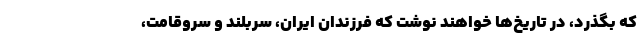
که بگذرد، در تاریخ‌ها خواهند نوشت که فرزندان ایران،‌ سربلند و سروقامت،